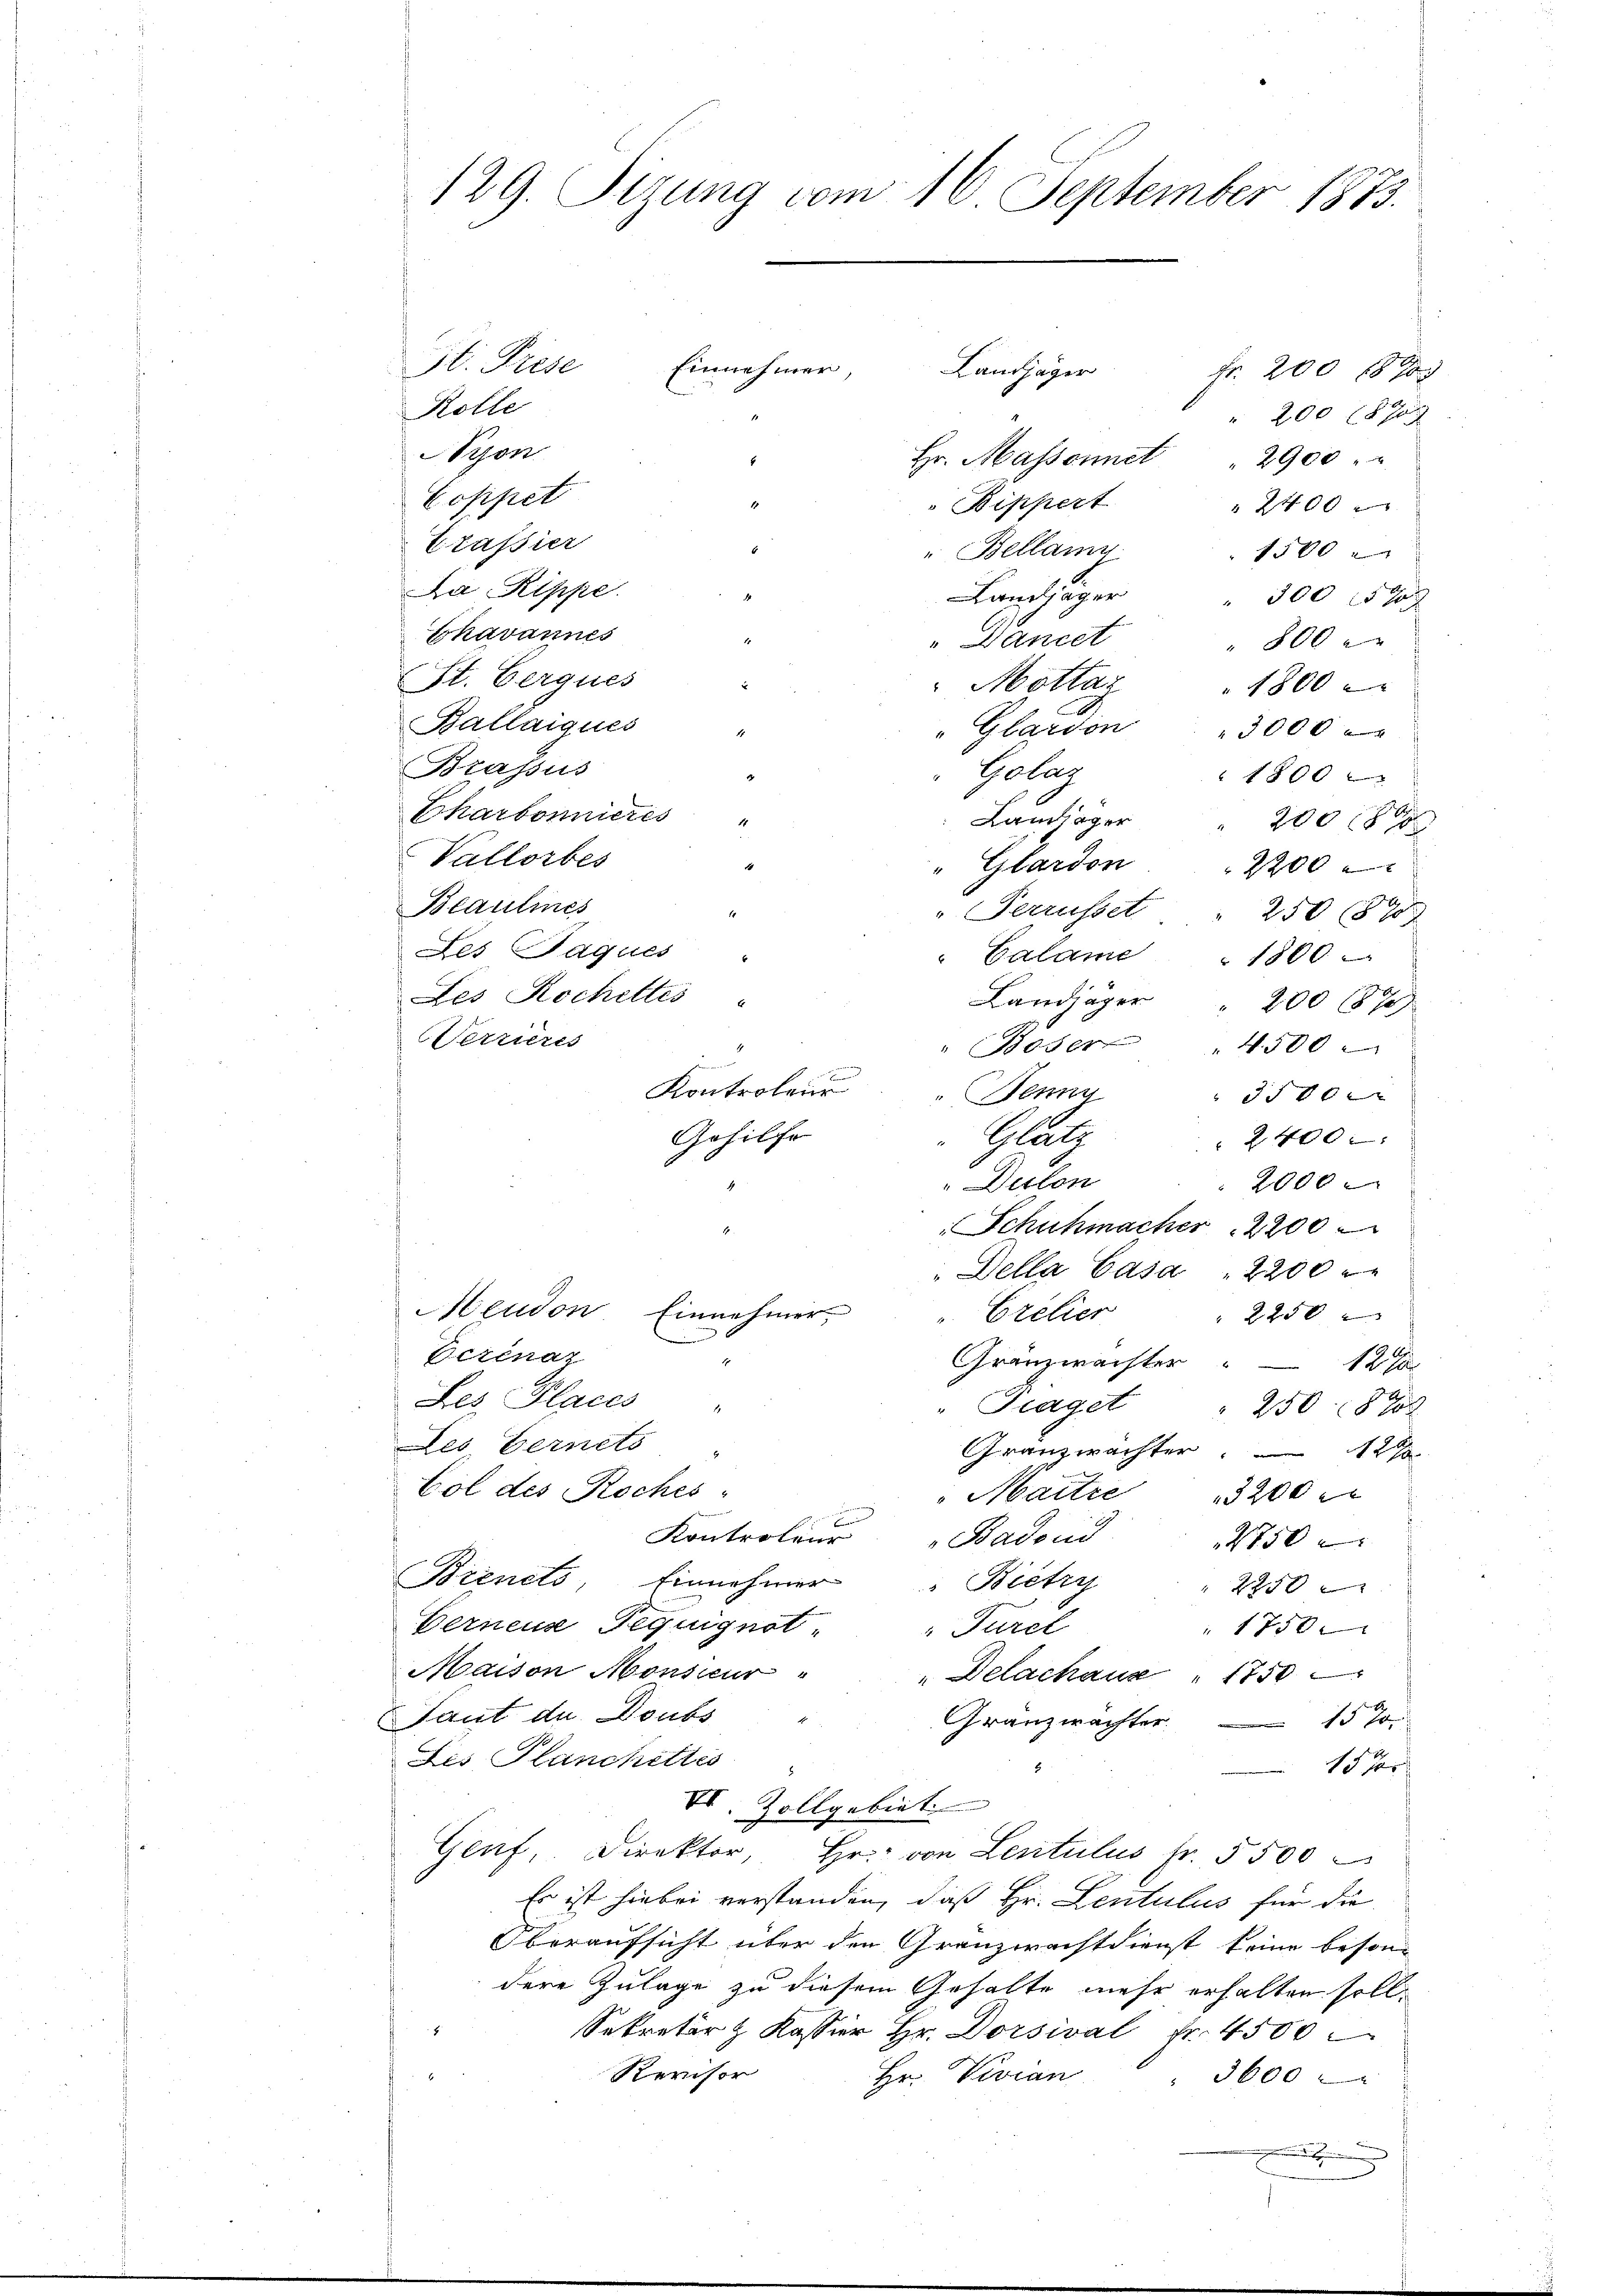
129. Sizung vom 16. September 1873.

St. Prese
Einnehmer,
Landjäger
Fr. 200 1870
Kolle
 200 (870
Aron.
Hr. Massonnet
2900
Coppet
Bippert
2400
Erassier
" Bellany
1500 x
Da Rippe
Landjäger
300 1570
Ehavannes
Dancet
800 x
St. Gerques
Mottag
1800
Ballaiques
" Glardon " 3000
Brassus
Götag
1800
Charbonnieres
amer 200
Vallorbes
"Eilardon
2200
Blaulines
Verrufset
250 890
Les Paques
" Calame " 1800
Les Rochettes
Landjäger " 200 (870)
Terrieres
1050
4500
Kontroleur
Alung
3500 x
Gehilfe
Platz
2400
2000
Delon
Schuhmacher  2200
"Della Casa 2200
Meudon Einnehmer
2250
"Erelier
Berenaz
Gränzwaister
122
Les. Places
Fraget
2508700
des Gernets
Gränzwachter 12
Col des Roches-
"Maitre 3200

Kontroleur Badend
2750
Brinets, Einnehmer " Bietry
2250
Gerneus Teguignot Turel
1750
Maison Monsieur
" Delachaue " 1750
Laut de Doubs
Granzwachter 15 J
Des Planchettes
15 %
VI. Zollgebiet
Genf, Direktor, Hr. von Lentilus fr. 5500
Es ist hiebei verstanden, daß Hr. Lentulus für die
Oberaufsicht über den Granzwachtdienst keine besondere Zulage zu diesem Gehalte mehr erhalten soll,
Sekretär & Kassier Hr. Dorsival fr. 4500
Revisor
Hr. Vevian  3600
.